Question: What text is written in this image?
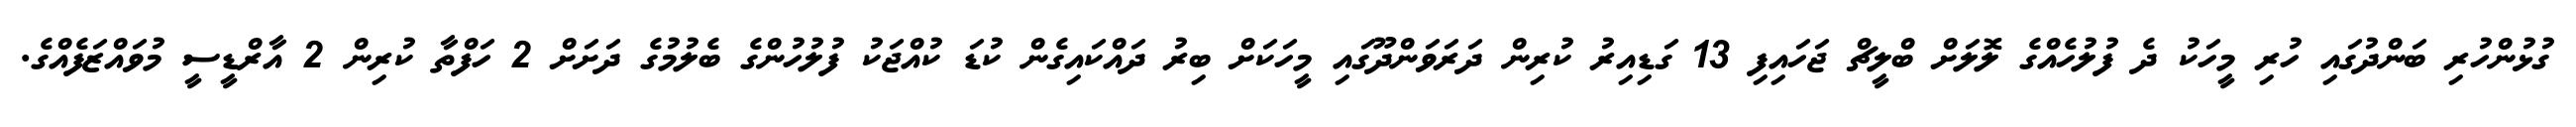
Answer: ގުޅުންހުރި ބަންދުގައި ހުރި މީހަކު ދެ ފުލުހެއްގެ ލޮލަށް ބްލީޗް ޖަހައިފި 13 ގަޑިއިރު ކުރިން ދަރަވަންދޫގައި މީހަކަށް ބިރު ދައްކައިގެން ކުޑަ ކުއްޖަކު ފުލުހުންގެ ބެލުމުގެ ދަށަށް 2 ހަފްތާ ކުރިން 2 އާރްޑީސީ މުވައްޒަފެއްގެ.